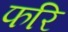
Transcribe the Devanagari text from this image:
फरि